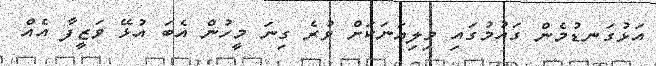
އަޅުގަނޑުމެން ގައުމުގައި މިލިއަނަކަށް ވުރެ ގިނަ މީހުން އެބަ އުޅޭ ވަޒީފާ އެއް